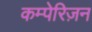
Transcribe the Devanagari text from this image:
कम्पेरिज़न